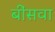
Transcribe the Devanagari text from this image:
बींसवा